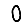
Digit: 0